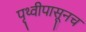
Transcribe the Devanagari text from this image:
पृथ्वीपासूनच